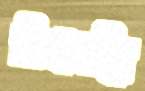
চিগ্রনস্কি